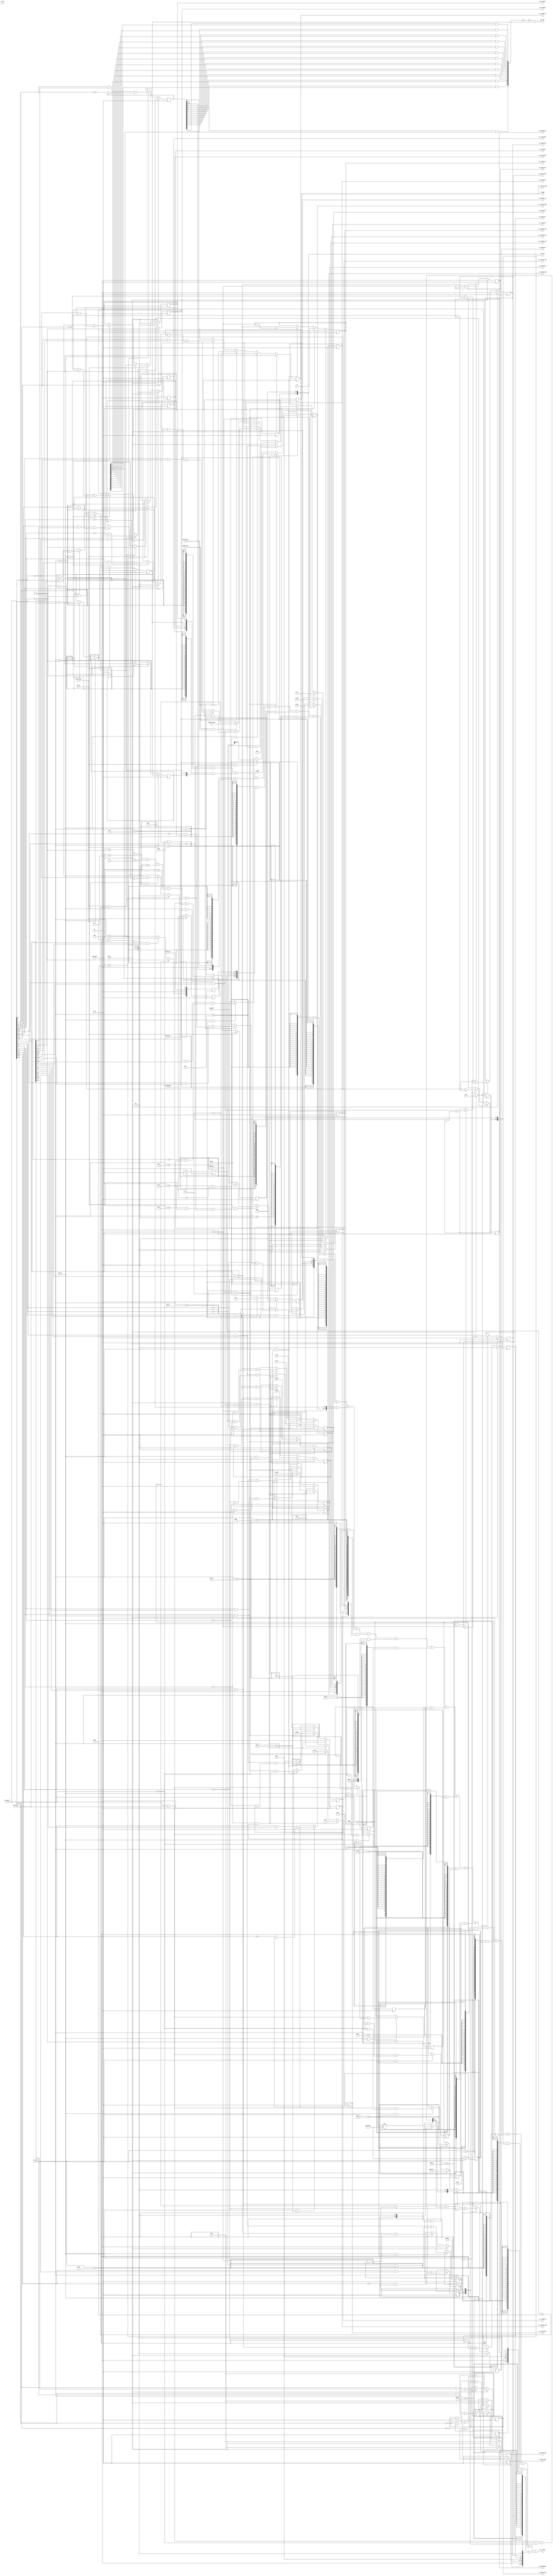
module csr (
    input  wire        clk,
    input  wire        reset,
    input  wire        csr_re,               
    input  wire [13:0] csr_num,        
    output wire [31:0] csr_rvalue,     
    input  wire        csr_we,                 
    input  wire [31:0] csr_wmask,    
    input  wire [31:0] csr_wvalue,       
    input  wire [31:0] WB_pc,
    input  wire        wb_ex,                    
    input  wire [ 5:0] wb_ecode,        
    input  wire [ 8:0] wb_esubcode,        
    input  wire [31:0] wb_vaddr,
    input  wire        ertn_flush,             
    output wire        has_int,             
    output wire [31:0] ex_entry,         
    input  wire [ 7:0] hw_int_in,          
    input  wire        ipi_int_in,
    input  wire [31:0] coreid_in,
//tlbrd
    output wire [ 3:0] r_index,
    input  wire        tlbrd_we,
    input  wire        r_e,
    input  wire [18:0] r_vppn,
    input  wire [ 5:0] r_ps,
    input  wire [ 9:0] r_asid,
    input  wire        r_g,
    input  wire [19:0] r_ppn0,
    input  wire [ 1:0] r_plv0,
    input  wire [ 1:0] r_mat0,
    input  wire        r_d0,
    input  wire        r_v0,
    input  wire [19:0] r_ppn1,
    input  wire [ 1:0] r_plv1,
    input  wire [ 1:0] r_mat1,
    input  wire        r_d1,
    input  wire        r_v1,
//tlbwr
    output reg  [ 3:0] csr_tlbidx_index,
    output reg         csr_tlbidx_ne,
    output reg  [18:0] csr_tlbehi_vppn,
    output reg  [ 5:0] csr_tlbidx_ps,
    output reg  [ 9:0] csr_asid_asid,
    output reg         csr_tlbelo0_g,
    output reg  [19:0] csr_tlbelo0_ppn,
    output reg  [ 1:0] csr_tlbelo0_plv,
    output reg  [ 1:0] csr_tlbelo0_mat,
    output reg         csr_tlbelo0_d,
    output reg         csr_tlbelo0_v,
    output reg         csr_tlbelo1_g,
    output reg  [19:0] csr_tlbelo1_ppn,
    output reg  [ 1:0] csr_tlbelo1_plv,
    output reg  [ 1:0] csr_tlbelo1_mat,
    output reg         csr_tlbelo1_d,
    output reg         csr_tlbelo1_v,
//tlbsrch
    input  wire        tlbsrch_en,
    input  wire        tlbsrch_hit,
    input  wire [ 3:0] tlbsrch_index,
//crmd
    output reg  [ 1:0] csr_crmd_plv,
    output reg         csr_crmd_da,
    output reg         csr_crmd_pg,
//dmw0
    output reg         csr_dmw0_plv0,
    output reg         csr_dmw0_plv3,
    output reg  [ 1:0] csr_dmw0_mat,
    output reg  [ 2:0] csr_dmw0_pseg,
    output reg  [ 2:0] csr_dmw0_vseg,
//dmw1
    output reg         csr_dmw1_plv0,
    output reg         csr_dmw1_plv3,
    output reg  [ 1:0] csr_dmw1_mat,
    output reg  [ 2:0] csr_dmw1_pseg,
    output reg  [ 2:0] csr_dmw1_vseg,
    output reg  [ 1:0] csr_crmd_datf,
    output reg  [ 1:0] csr_crmd_datm
);

//crmd
    `define CSR_CRMD            14'h0000
    `define CSR_CRMD_PLV        1:0
    `define CSR_CRMD_IE         2
    `define CSR_CRMD_DA         3
    `define CSR_CRMD_PG         4
    `define CSR_CRMD_DATF       6:5
    `define CSR_CRMD_DATM       8:7
//prmd
    `define CSR_PRMD            14'h0001
    `define CSR_PRMD_PPLV       1:0
    `define CSR_PRMD_PIE        2
//euen
    `define CSR_EUEN            14'h0002
    `define CSR_EUEN_FPE        0
//ecfg
    `define CSR_ECFG            14'h0004
    `define CSR_ECFG_LIE        12:0
//estat
    `define CSR_ESTAT           14'h0005
    `define CSR_ESTAT_IS10      1:0
    `define CSR_ESTAT_ECODE     21:16
    `define CSR_ESTAT_ESUBCODE  30:22
//era
    `define CSR_ERA             14'h0006
    `define CSR_ERA_PC          31:0
//badv
    `define CSR_BADV            14'h0007
    `define CSR_BADV_VADDR      31:0
//eentry
    `define CSR_EENTRY          14'h000c
    `define CSR_EENTRY_VA       31:6
//tlbidx
    `define CSR_TLBIDX          14'h0010
    `define CSR_TLBIDX_INDEX    3:0
    `define CSR_TLBIDX_PS       29:24
    `define CSR_TLBIDX_NE       31
//tlbehi
    `define CSR_TLBEHI          14'h0011
    `define CSR_TLBEHI_VPPN     31:13
//tlbelo0/1
    `define CSR_TLBELO0         14'h0012
    `define CSR_TLBELO1         14'h0013
    `define CSR_TLBELO_V        0
    `define CSR_TLBELO_D        1
    `define CSR_TLBELO_PLV      3:2
    `define CSR_TLBELO_MAT      5:4
    `define CSR_TLBELO_G        6
    `define CSR_TLBELO_PPN      27:8
//asid
    `define CSR_ASID            14'h0018
    `define CSR_ASID_ASID       9:0
    `define CSR_ASID_ASIDBITS   23:16
//pgdl/pgdh/pgd
    `define CSR_PGDL            14'h0019
    `define CSR_PGDH            14'h001A
    `define CSR_PGD             14'h001B
    `define CSR_PGD_BASE        31:12
//cpuid
    `define CSR_CPUID           14'h0020
    `define CSR_CPUID_COREID    8:0
//save0/save1/save2/save3
    `define CSR_SAVE0           14'h0030
    `define CSR_SAVE1           14'h0031
    `define CSR_SAVE2           14'h0032
    `define CSR_SAVE3           14'h0033
    `define CSR_SAVE_DATA       31:0
//tid
    `define CSR_TID             14'h0040
    `define CSR_TID_TID         31:0
//tcfg
    `define CSR_TCFG            14'h0041
    `define CSR_TCFG_EN         0
    `define CSR_TCFG_PERIOD     1
    `define CSR_TCFG_INITV      31:2
//tval
    `define CSR_TVAL            14'h0042
    `define CSR_TVAL_TVAL       31:0
//ticlr
    `define CSR_TICLR           14'h0044
    `define CSR_TICLR_CLR       0
//llbctl
    `define CSR_LLBCTL          14'h0060
    `define CSR_LLBCTL_ROLLB    0
    `define CSR_LLBCTL_WCLLB    1
    `define CSR_LLBCTL_KLO      2
//tlbrentry
    `define CSR_TLBRENTRY       14'h0088
    `define CSR_TLBRENTRY_PA    31:6
//ctag
    `define CSR_CTAG            14'h0098
//dmw0/dmw1
    `define CSR_DMW0            14'h0180
    `define CSR_DMW1            14'h0181
    `define CSR_DMW_PLV0        0
    `define CSR_DMW_PLV3        3
    `define CSR_DMW_MAT         5:4
    `define CSR_DMW_PSEG        27:25
    `define CSR_DMW_VSEG        31:29
//exc code
    `define ECODE_INT           6'h00
    `define ECODE_PIL           6'h01
    `define ECODE_PIS           6'h02
    `define ECODE_PIF           6'h03
    `define ECODE_PME           6'h04
    `define ECODE_PPI           6'h07
    `define ECODE_ADE           6'h08
    `define ESUBCODE_ADEF       9'h000
    `define ESUBCODE_ADEM       9'h001
    `define ECODE_ALE           6'h09
    `define ECODE_SYS           6'h0b
    `define ECODE_BRK           6'h0c
    `define ECODE_INE           6'h0d
    `define ECODE_IPE           6'h0e
    `define ECODE_FPD           6'h0f
    `define ECODE_FPE           6'h12
    `define ECODE_TLBR          6'h3f

reg         csr_crmd_ie;
// datf/datm remove to output
reg  [ 1:0] csr_prmd_pplv;
reg         csr_prmd_pie;
// reg         csr_euen_fpe;
reg  [12:0] csr_ecfg_lie;
reg  [12:0] csr_estat_is;
reg  [ 5:0] csr_estat_ecode;
reg  [ 8:0] csr_estat_esubcode;
reg  [31:0] csr_era_pc;
reg  [31:0] csr_badv_vaddr;
wire        wb_ex_addr_err;
wire        wb_tlb_addr_err;
reg  [25:0] csr_eentry_va;
// reg [31:12] csr_pgdl_base;
// reg [31:12] csr_pgdh_base;
// reg [31:12] csr_pgd_base;
reg  [31:0] csr_save0_data;
reg  [31:0] csr_save1_data;
reg  [31:0] csr_save2_data;
reg  [31:0] csr_save3_data;
reg  [31:0] csr_tid_tid;
reg         csr_tcfg_en;
reg         csr_tcfg_periodic;
reg  [29:0] csr_tcfg_initval;
reg  [31:0] timer_cnt;
wire [31:0] tcfg_next_value;
wire [31:0] csr_tval;
wire        csr_ticlr_clr;
// reg         csr_llbctl_rollb;
// reg         csr_llbctl_wcllb;
// reg         csr_llbctl_klo;
reg  [25:0] csr_tlbrentry_pa;

wire [31:0] csr_crmd_rvalue;
wire [31:0] csr_prmd_rvalue;
wire [31:0] csr_ecfg_rvalue;
wire [31:0] csr_estat_rvalue;
wire [31:0] csr_era_rvalue;
wire [31:0] csr_badv_rvalue;
wire [31:0] csr_eentry_rvalue;
wire [31:0] csr_tlbidx_rvalue;
wire [31:0] csr_tlbehi_rvalue;
wire [31:0] csr_tlbelo0_rvalue;
wire [31:0] csr_tlbelo1_rvalue;
wire [31:0] csr_asid_rvalue;
wire [31:0] csr_save0_rvalue;
wire [31:0] csr_save1_rvalue;
wire [31:0] csr_save2_rvalue;
wire [31:0] csr_save3_rvalue;
wire [31:0] csr_tid_rvalue;
wire [31:0] csr_tcfg_rvalue;
wire [31:0] csr_ticlr_rvalue;
wire [31:0] csr_tlbrentry_rvalue;
wire [31:0] csr_dmw0_rvalue;
wire [31:0] csr_dmw1_rvalue;

wire [12:0] int_vec;

//CRMD
    assign csr_crmd_rvalue = {23'b0, csr_crmd_datm, csr_crmd_datf, csr_crmd_pg, csr_crmd_da, csr_crmd_ie, csr_crmd_plv};
    //PLV
    always @(posedge clk) begin
        if(reset)
            csr_crmd_plv <= 2'b0;
        else if(wb_ex)
            csr_crmd_plv <= 2'b0;
        else if(ertn_flush)
            csr_crmd_plv <= csr_prmd_pplv;
        else if(csr_we && csr_num == `CSR_CRMD)
            csr_crmd_plv <= csr_wmask[`CSR_CRMD_PLV] & csr_wvalue[`CSR_CRMD_PLV]
                        |  ~csr_wmask[`CSR_CRMD_PLV] & csr_crmd_plv;
    end
    //IE
    always @(posedge clk) begin
        if(reset)
            csr_crmd_ie <= 1'b0;
        else if(wb_ex)
            csr_crmd_ie <= 1'b0;
        else if(ertn_flush)
            csr_crmd_ie <= csr_prmd_pie;
        else if(csr_we && csr_num == `CSR_CRMD)
            csr_crmd_ie <= csr_wmask[`CSR_CRMD_IE] & csr_wvalue[`CSR_CRMD_IE]
                        | ~csr_wmask[`CSR_CRMD_IE] & csr_crmd_ie;
    end
    //DA
    always @(posedge clk)begin
        if(reset)
            csr_crmd_da <= 1'b1;
        else if(wb_ex && (wb_ecode == `ECODE_TLBR))
            csr_crmd_da <= 1'b1;
        else if(ertn_flush && (csr_estat_ecode == 6'h3f))
            csr_crmd_da <= 1'b0;
        else if(csr_we && csr_num == `CSR_CRMD)
            csr_crmd_da <= csr_wmask[`CSR_CRMD_DA] & csr_wvalue[`CSR_CRMD_DA]
                        | ~csr_wmask[`CSR_CRMD_DA] & csr_crmd_da;
    end
    //PG
    always @(posedge clk)begin
        if(reset)
            csr_crmd_pg <= 1'b0;
        else if(wb_ex && (wb_ecode == `ECODE_TLBR))
            csr_crmd_pg <= 1'b0;
        else if(ertn_flush && (csr_estat_ecode == 6'h3f))
            csr_crmd_pg <= 1'b1;
        else if(csr_we && csr_num == `CSR_CRMD)
            csr_crmd_pg <= csr_wmask[`CSR_CRMD_PG] & csr_wvalue[`CSR_CRMD_PG]
                        | ~csr_wmask[`CSR_CRMD_PG] & csr_crmd_pg;
    end
    //DATF & DATM
    always @(posedge clk)begin
        if(reset) begin
            csr_crmd_datf <= 2'b0;
            csr_crmd_datm <= 2'b0;
        end
        else if(csr_we && csr_num == `CSR_CRMD) begin
            csr_crmd_datf <= csr_wmask[`CSR_CRMD_DATF] & csr_wvalue[`CSR_CRMD_DATF]
                        | ~csr_wmask[`CSR_CRMD_DATF] & csr_crmd_datf;
            csr_crmd_datm <= csr_wmask[`CSR_CRMD_DATM] & csr_wvalue[`CSR_CRMD_DATM]
                        | ~csr_wmask[`CSR_CRMD_DATM] & csr_crmd_datm;
        end
    end

//PRMD
    assign csr_prmd_rvalue = {29'b0, csr_prmd_pie, csr_prmd_pplv};
    //PPLV & PIE
    always @(posedge clk) begin
        if(wb_ex) begin
            csr_prmd_pplv <= csr_crmd_plv;
            csr_prmd_pie <= csr_crmd_ie;
        end
        else if(csr_we && csr_num == `CSR_PRMD) begin
            csr_prmd_pplv <= csr_wmask[`CSR_PRMD_PPLV] & csr_wvalue[`CSR_PRMD_PPLV]
                        |  ~csr_wmask[`CSR_PRMD_PPLV] & csr_prmd_pplv;
            csr_prmd_pie <= csr_wmask[`CSR_PRMD_PIE] & csr_wvalue[`CSR_PRMD_PIE]
                        |  ~csr_wmask[`CSR_PRMD_PIE] & csr_prmd_pie;
        end
    end

//EUEN
    //FPE

//ECFG
    assign csr_ecfg_rvalue = {19'b0, csr_ecfg_lie[12:11], 1'b0, csr_ecfg_lie[9:0]};
    //LIE
    always @(posedge clk) begin
        if(reset)
            csr_ecfg_lie <= 13'b0;
        else if(csr_we & csr_num == `CSR_ECFG) 
            csr_ecfg_lie <= csr_wmask[`CSR_ECFG_LIE] & csr_wvalue[`CSR_ECFG_LIE]
                        |  ~csr_wmask[`CSR_ECFG_LIE] & csr_ecfg_lie;
    end

//ESTAT
    assign csr_estat_rvalue = {1'b0, csr_estat_esubcode, csr_estat_ecode, 3'b0, csr_estat_is};
    //IS
    always @(posedge clk) begin
        if(reset) begin
            csr_estat_is[1:0] <= 2'b0;
        end
        else if(csr_we && csr_num == `CSR_ESTAT)
            csr_estat_is[1:0] <= csr_wmask[`CSR_ESTAT_IS10] & csr_wvalue[`CSR_ESTAT_IS10]
                            |   ~csr_wmask[`CSR_ESTAT_IS10] & csr_estat_is[`CSR_ESTAT_IS10];
        csr_estat_is[9:2] <= hw_int_in[7:0];
        csr_estat_is[10] <= 1'b0;
        if(timer_cnt[31:0] == 32'b0)
            csr_estat_is[11] <= 1'b1;
        else if(csr_we && csr_num == `CSR_TICLR && csr_wmask[`CSR_TICLR_CLR] && csr_wvalue[`CSR_TICLR_CLR])
            csr_estat_is[11] <= 1'b0;
        csr_estat_is[12] <= ipi_int_in;
    end      
    //ECODE & ESUBCODE
    always @(posedge clk) begin
        if(wb_ex) begin
            csr_estat_ecode <= wb_ecode;
            csr_estat_esubcode <= wb_esubcode;
        end
    end      

//ERA
    assign csr_era_rvalue = csr_era_pc;
    //PC
    always @(posedge clk) begin
        if(wb_ex)
            csr_era_pc <= WB_pc;
        else if (csr_we && csr_num==`CSR_ERA)
            csr_era_pc <= csr_wmask[`CSR_ERA_PC] & csr_wvalue[`CSR_ERA_PC]
                       | ~csr_wmask[`CSR_ERA_PC] & csr_era_pc;
    end    

//BADV
    assign csr_badv_rvalue = csr_badv_vaddr;
    assign wb_ex_addr_err = wb_ecode == `ECODE_ALE || wb_ecode == `ECODE_ADE || wb_tlb_addr_err;
    //VADDR
    always @(posedge clk) begin
        if(wb_ex && wb_ex_addr_err)
            csr_badv_vaddr <= (wb_ecode == `ECODE_ADE &&
                               wb_esubcode == `ESUBCODE_ADEF) ? WB_pc : wb_vaddr;
    end

//EENTRY
    assign csr_eentry_rvalue = {csr_eentry_va, 6'b0};
    //VA
    always @(posedge clk) begin
        if(csr_we && csr_num == `CSR_EENTRY)
            csr_eentry_va <= csr_wmask[`CSR_EENTRY_VA] & csr_wvalue[`CSR_EENTRY_VA]
                          | ~csr_wmask[`CSR_EENTRY_VA] & csr_eentry_va;
    end

//TLBIDX
    assign csr_tlbidx_rvalue = {csr_tlbidx_ne, 1'b0, csr_tlbidx_ps, 20'b0, csr_tlbidx_index};
    assign r_index           = csr_tlbidx_index;
    //INDEX
    always @(posedge clk)begin
        if (reset)
            csr_tlbidx_index <= 4'b0;
        else if (tlbrd_we & r_e)
            csr_tlbidx_index <= r_index;
        else if (tlbsrch_en & tlbsrch_hit)
            csr_tlbidx_index <= tlbsrch_index;
        else if (csr_we && csr_num == `CSR_TLBIDX)
            csr_tlbidx_index <= csr_wmask[`CSR_TLBIDX_INDEX] & csr_wvalue[`CSR_TLBIDX_INDEX] |
                               ~csr_wmask[`CSR_TLBIDX_INDEX] & csr_tlbidx_index;
    end
    //PS
    always @(posedge clk)begin
        if (reset | (tlbrd_we & ~r_e))
            csr_tlbidx_ps <= 6'b0;
        else if (tlbrd_we & r_e)
            csr_tlbidx_ps <= r_ps;
        else if (csr_we && csr_num == `CSR_TLBIDX)
            csr_tlbidx_ps <= csr_wmask[`CSR_TLBIDX_PS] & csr_wvalue[`CSR_TLBIDX_PS] |
                            ~csr_wmask[`CSR_TLBIDX_PS] & csr_tlbidx_ps;
    end
    //NE
    always @(posedge clk)begin
        if (reset)
            csr_tlbidx_ne <= 1'b1;
        else if (tlbrd_we)
            csr_tlbidx_ne <= ~r_e;
        else if (tlbsrch_en)
            csr_tlbidx_ne <= ~tlbsrch_hit;
        else if (csr_we && csr_num == `CSR_TLBIDX)
            csr_tlbidx_ne <= csr_wmask[`CSR_TLBIDX_NE] & csr_wvalue[`CSR_TLBIDX_NE] |
                            ~csr_wmask[`CSR_TLBIDX_NE] & csr_tlbidx_ne;
    end

//TLBEHI
    assign csr_tlbehi_rvalue = {csr_tlbehi_vppn, 13'b0};
    assign wb_tlb_addr_err = wb_ecode == `ECODE_PIL || wb_ecode == `ECODE_PIS
                          || wb_ecode == `ECODE_PIF || wb_ecode == `ECODE_PPI
                          || wb_ecode == `ECODE_PME || wb_ecode == `ECODE_TLBR;
    //VPPN
    always @(posedge clk) begin
        if (reset | (tlbrd_we & ~r_e))
            csr_tlbehi_vppn <= 19'b0;
        else if (tlbrd_we & r_e)
            csr_tlbehi_vppn <= r_vppn;
        else if (wb_ex & wb_tlb_addr_err)
            csr_tlbehi_vppn <= wb_vaddr[31:13];
        else if (csr_we & csr_num == `CSR_TLBEHI)
            csr_tlbehi_vppn <= csr_wmask[`CSR_TLBEHI_VPPN] & csr_wvalue[`CSR_TLBEHI_VPPN] |
                              ~csr_wmask[`CSR_TLBEHI_VPPN] & csr_tlbehi_vppn;
    end

//TLBELO0
    assign csr_tlbelo0_rvalue = {4'b0, csr_tlbelo0_ppn, 1'b0, csr_tlbelo0_g, csr_tlbelo0_mat, 
                                csr_tlbelo0_plv, csr_tlbelo0_d, csr_tlbelo0_v};
    //V, D, PLV, MAT, G, PPN
    always @(posedge clk) begin
        if (reset | (tlbrd_we & ~r_e)) begin
            csr_tlbelo0_v   <= 1'b0;
            csr_tlbelo0_d   <= 1'b0;
            csr_tlbelo0_plv <= 2'b0;
            csr_tlbelo0_mat <= 2'b0;
            csr_tlbelo0_g   <= 1'b0;
            csr_tlbelo0_ppn <= 20'b0;
        end
        else if (tlbrd_we & r_e) begin
            csr_tlbelo0_v   <= r_v0;
            csr_tlbelo0_d   <= r_d0;
            csr_tlbelo0_plv <= r_plv0;
            csr_tlbelo0_mat <= r_mat0;
            csr_tlbelo0_g   <= r_g;
            csr_tlbelo0_ppn <= r_ppn0;
        end
        else if (csr_we & csr_num == `CSR_TLBELO0) begin
            csr_tlbelo0_v   <= csr_wmask[`CSR_TLBELO_V  ] & csr_wvalue[`CSR_TLBELO_V  ] |
                              ~csr_wmask[`CSR_TLBELO_V  ] & csr_tlbelo0_v;
            csr_tlbelo0_d   <= csr_wmask[`CSR_TLBELO_D  ] & csr_wvalue[`CSR_TLBELO_D  ] |
                              ~csr_wmask[`CSR_TLBELO_D  ] & csr_tlbelo0_d;
            csr_tlbelo0_plv <= csr_wmask[`CSR_TLBELO_PLV] & csr_wvalue[`CSR_TLBELO_PLV] |
                              ~csr_wmask[`CSR_TLBELO_PLV] & csr_tlbelo0_plv;
            csr_tlbelo0_mat <= csr_wmask[`CSR_TLBELO_MAT] & csr_wvalue[`CSR_TLBELO_MAT] |
                              ~csr_wmask[`CSR_TLBELO_MAT] & csr_tlbelo0_mat;
            csr_tlbelo0_g   <= csr_wmask[`CSR_TLBELO_G  ] & csr_wvalue[`CSR_TLBELO_G  ] |
                              ~csr_wmask[`CSR_TLBELO_G  ] & csr_tlbelo0_g;
            csr_tlbelo0_ppn <= csr_wmask[`CSR_TLBELO_PPN] & csr_wvalue[`CSR_TLBELO_PPN] |
                              ~csr_wmask[`CSR_TLBELO_PPN] & csr_tlbelo0_ppn;
        end
    end

//TLBELO1
    assign csr_tlbelo1_rvalue = {4'b0, csr_tlbelo1_ppn, 1'b0, csr_tlbelo1_g, csr_tlbelo1_mat, 
                                csr_tlbelo1_plv, csr_tlbelo1_d, csr_tlbelo1_v};
    //V, D, PLV, MAT, G, PPN
    always @(posedge clk) begin
        if (reset | (tlbrd_we & ~r_e)) begin
            csr_tlbelo1_v   <= 1'b0;
            csr_tlbelo1_d   <= 1'b0;
            csr_tlbelo1_plv <= 2'b0;
            csr_tlbelo1_mat <= 2'b0;
            csr_tlbelo1_g   <= 1'b0;
            csr_tlbelo1_ppn <= 20'b0;
        end
        else if (tlbrd_we & r_e) begin
            csr_tlbelo1_v   <= r_v1;
            csr_tlbelo1_d   <= r_d1;
            csr_tlbelo1_plv <= r_plv1;
            csr_tlbelo1_mat <= r_mat1;
            csr_tlbelo1_g   <= r_g;
            csr_tlbelo1_ppn <= r_ppn1;
        end
        else if (csr_we & csr_num == `CSR_TLBELO1) begin
            csr_tlbelo1_v   <= csr_wmask[`CSR_TLBELO_V  ] & csr_wvalue[`CSR_TLBELO_V  ] |
                              ~csr_wmask[`CSR_TLBELO_V  ] & csr_tlbelo1_v;
            csr_tlbelo1_d   <= csr_wmask[`CSR_TLBELO_D  ] & csr_wvalue[`CSR_TLBELO_D  ] |
                              ~csr_wmask[`CSR_TLBELO_D  ] & csr_tlbelo1_d;
            csr_tlbelo1_plv <= csr_wmask[`CSR_TLBELO_PLV] & csr_wvalue[`CSR_TLBELO_PLV] |
                              ~csr_wmask[`CSR_TLBELO_PLV] & csr_tlbelo1_plv;
            csr_tlbelo1_mat <= csr_wmask[`CSR_TLBELO_MAT] & csr_wvalue[`CSR_TLBELO_MAT] |
                              ~csr_wmask[`CSR_TLBELO_MAT] & csr_tlbelo1_mat;
            csr_tlbelo1_g   <= csr_wmask[`CSR_TLBELO_G  ] & csr_wvalue[`CSR_TLBELO_G  ] |
                              ~csr_wmask[`CSR_TLBELO_G  ] & csr_tlbelo1_g;
            csr_tlbelo1_ppn <= csr_wmask[`CSR_TLBELO_PPN] & csr_wvalue[`CSR_TLBELO_PPN] |
                              ~csr_wmask[`CSR_TLBELO_PPN] & csr_tlbelo1_ppn;
        end
    end

//ASID
    assign csr_asid_rvalue = {8'd0, 8'd10, 6'd0, csr_asid_asid};
    //ASID
    always @(posedge clk) begin
        if (reset | (tlbrd_we & ~r_e)) begin
            csr_asid_asid <= 10'd0;
        end
        else if (tlbrd_we & r_e) begin
            csr_asid_asid <= r_asid;
        end
        else if (csr_we & csr_num == `CSR_ASID) begin
            csr_asid_asid <= csr_wmask[`CSR_ASID_ASID] & csr_wvalue[`CSR_ASID_ASID] |
                            ~csr_wmask[`CSR_ASID_ASID] & csr_asid_asid;
        end
    end
    //ASIDBITS

//PGDL
    //BASE

//PGDH
    //BASE

//PGD
    //BASE

//CPUID
    //CoreID

//SAVE0~3
    assign csr_save0_rvalue = csr_save0_data;
    assign csr_save1_rvalue = csr_save1_data;
    assign csr_save2_rvalue = csr_save2_data;
    assign csr_save3_rvalue = csr_save3_data;
    //DATA
    always @(posedge clk) begin
        if (csr_we && csr_num==`CSR_SAVE0)
            csr_save0_data <= csr_wmask[`CSR_SAVE_DATA] & csr_wvalue[`CSR_SAVE_DATA]
                           | ~csr_wmask[`CSR_SAVE_DATA] & csr_save0_data;
        if (csr_we && csr_num==`CSR_SAVE1)
            csr_save1_data <= csr_wmask[`CSR_SAVE_DATA] & csr_wvalue[`CSR_SAVE_DATA]
                           | ~csr_wmask[`CSR_SAVE_DATA] & csr_save1_data;
        if (csr_we && csr_num==`CSR_SAVE2)
            csr_save2_data <= csr_wmask[`CSR_SAVE_DATA] & csr_wvalue[`CSR_SAVE_DATA]
                           | ~csr_wmask[`CSR_SAVE_DATA] & csr_save2_data;
        if (csr_we && csr_num==`CSR_SAVE3)
            csr_save3_data <= csr_wmask[`CSR_SAVE_DATA] & csr_wvalue[`CSR_SAVE_DATA]
                           | ~csr_wmask[`CSR_SAVE_DATA] & csr_save3_data;
    end

//TID
    assign csr_tid_rvalue = csr_tid_tid;
    //TID
    always @(posedge clk)begin
        if(reset)
            csr_tid_tid <= coreid_in;
        else if(csr_we && csr_num == `CSR_TID)
            csr_tid_tid <= csr_wmask[`CSR_TID_TID] & csr_wvalue[`CSR_TID_TID]
                        | ~csr_wmask[`CSR_TID_TID] & csr_tid_tid;
    end

//TCFG
    assign csr_tcfg_rvalue = {csr_tcfg_initval, csr_tcfg_periodic, csr_tcfg_en};
    //EN, Periodic, InitVal
    always @(posedge clk) begin
        if(reset)
            csr_tcfg_en <= 1'b0;
        else if (csr_we && csr_num==`CSR_TCFG)
            csr_tcfg_en <= csr_wmask[`CSR_TCFG_EN] & csr_wvalue[`CSR_TCFG_EN]
                        | ~csr_wmask[`CSR_TCFG_EN] & csr_tcfg_en;
        if (csr_we && csr_num==`CSR_TCFG) begin
            csr_tcfg_periodic <= csr_wmask[`CSR_TCFG_PERIOD] & csr_wvalue[`CSR_TCFG_PERIOD]
                              | ~csr_wmask[`CSR_TCFG_PERIOD] & csr_tcfg_periodic;
            csr_tcfg_initval  <= csr_wmask[`CSR_TCFG_INITV ] & csr_wvalue[`CSR_TCFG_INITV ]
                              | ~csr_wmask[`CSR_TCFG_INITV ] & csr_tcfg_initval;
        end
    end

//TVAL
    assign tcfg_next_value = csr_wmask[31:0] & csr_wvalue[31:0]
                          | ~csr_wmask[31:0] & {csr_tcfg_initval, csr_tcfg_periodic, csr_tcfg_en};
    //TimeVal
    always @(posedge clk) begin
        if(reset)
            timer_cnt <= 32'hffffffff;
        else if(csr_we && csr_num == `CSR_TCFG && tcfg_next_value[`CSR_TCFG_EN])
            timer_cnt <= {tcfg_next_value[`CSR_TCFG_INITV], 2'b0};
        else if (csr_tcfg_en && timer_cnt!=32'hffffffff) begin
            if (timer_cnt[31:0]==32'b0 && csr_tcfg_periodic)
                timer_cnt <= {csr_tcfg_initval, 2'b0};
            else
                timer_cnt <= timer_cnt - 1'b1;
        end
    end
    assign csr_tval = timer_cnt[31:0];

//TICLR
    assign csr_ticlr_rvalue = {30'b0, csr_ticlr_clr};
    //CLR
    assign csr_ticlr_clr = 1'b0;

//LLBCTL
    //ROLLB
    //WCLLB
    //KLO

//TLBRENTRY
    assign csr_tlbrentry_rvalue = {csr_tlbrentry_pa, 6'b0};
    //PA
    always @(posedge clk) begin
        if (reset) begin
            csr_tlbrentry_pa <= 26'b0;
        end
        else if (csr_we & csr_num == `CSR_TLBRENTRY) begin
            csr_tlbrentry_pa <= csr_wmask[`CSR_TLBRENTRY_PA] & csr_wvalue[`CSR_TLBRENTRY_PA]
                             | ~csr_wmask[`CSR_TLBRENTRY_PA] & csr_tlbrentry_pa;  
        end
    end

//CTAG

//DMW0
    assign csr_dmw0_rvalue = {csr_dmw0_pseg[2:0], 1'b0, csr_dmw0_vseg[2:0], 19'b0, csr_dmw0_mat[1:0],
                              csr_dmw0_plv3, 2'b0, csr_dmw0_plv0};
    //PLV0, PLV3, MAT, PSEG, VSEG
    always @(posedge clk) begin
        if(reset) begin
            csr_dmw0_plv0 <= 1'b0;
            csr_dmw0_plv3 <= 1'b0;
            csr_dmw0_mat  <= 2'b0;
            csr_dmw0_pseg <= 3'b0;
            csr_dmw0_vseg <= 3'b0;
        end
        else if(csr_we && csr_num == `CSR_DMW0) begin
            csr_dmw0_plv0 <= csr_wmask[`CSR_DMW_PLV0] & csr_wvalue[`CSR_DMW_PLV0]
                          | ~csr_wmask[`CSR_DMW_PLV0] & csr_dmw0_plv0;
            csr_dmw0_plv3 <= csr_wmask[`CSR_DMW_PLV3] & csr_wvalue[`CSR_DMW_PLV3]
                          | ~csr_wmask[`CSR_DMW_PLV3] & csr_dmw0_plv3;
            csr_dmw0_mat  <= csr_wmask[`CSR_DMW_MAT ] & csr_wvalue[`CSR_DMW_MAT ]
                          | ~csr_wmask[`CSR_DMW_MAT ] & csr_dmw0_mat;
            csr_dmw0_pseg <= csr_wmask[`CSR_DMW_PSEG] & csr_wvalue[`CSR_DMW_PSEG]
                          | ~csr_wmask[`CSR_DMW_PSEG] & csr_dmw0_pseg;
            csr_dmw0_vseg <= csr_wmask[`CSR_DMW_VSEG] & csr_wvalue[`CSR_DMW_VSEG]
                          | ~csr_wmask[`CSR_DMW_VSEG] & csr_dmw0_vseg;
        end
    end
//DMW1
    assign csr_dmw1_rvalue = {csr_dmw1_pseg[2:0], 1'b0, csr_dmw1_vseg[2:0], 19'b0, csr_dmw1_mat[1:0],
                              csr_dmw1_plv3, 2'b0, csr_dmw1_plv0};
    //PLV0, PLV3, MAT, PSEG, VSEG
    always @(posedge clk) begin
        if(reset) begin
            csr_dmw1_plv0 <= 1'b0;
            csr_dmw1_plv3 <= 1'b0;
            csr_dmw1_mat  <= 2'b0;
            csr_dmw1_pseg <= 3'b0;
            csr_dmw1_vseg <= 3'b0;
        end
        else if(csr_we && csr_num == `CSR_DMW1) begin
            csr_dmw1_plv0 <= csr_wmask[`CSR_DMW_PLV0] & csr_wvalue[`CSR_DMW_PLV0]
                          | ~csr_wmask[`CSR_DMW_PLV0] & csr_dmw1_plv0;
            csr_dmw1_plv3 <= csr_wmask[`CSR_DMW_PLV3] & csr_wvalue[`CSR_DMW_PLV3]
                          | ~csr_wmask[`CSR_DMW_PLV3] & csr_dmw1_plv3;
            csr_dmw1_mat  <= csr_wmask[`CSR_DMW_MAT ] & csr_wvalue[`CSR_DMW_MAT ]
                          | ~csr_wmask[`CSR_DMW_MAT ] & csr_dmw1_mat;
            csr_dmw1_pseg <= csr_wmask[`CSR_DMW_PSEG] & csr_wvalue[`CSR_DMW_PSEG]
                          | ~csr_wmask[`CSR_DMW_PSEG] & csr_dmw1_pseg;
            csr_dmw1_vseg <= csr_wmask[`CSR_DMW_VSEG] & csr_wvalue[`CSR_DMW_VSEG]
                          | ~csr_wmask[`CSR_DMW_VSEG] & csr_dmw1_vseg;
        end
    end

//rvalue
    assign csr_rvalue = {32{csr_num == `CSR_CRMD     }} & csr_crmd_rvalue
                      | {32{csr_num == `CSR_PRMD     }} & csr_prmd_rvalue
                      | {32{csr_num == `CSR_ECFG     }} & csr_ecfg_rvalue
                      | {32{csr_num == `CSR_ESTAT    }} & csr_estat_rvalue
                      | {32{csr_num == `CSR_ERA      }} & csr_era_rvalue
                      | {32{csr_num == `CSR_BADV     }} & csr_badv_rvalue
                      | {32{csr_num == `CSR_EENTRY   }} & csr_eentry_rvalue
                      | {32{csr_num == `CSR_TLBIDX   }} & csr_tlbidx_rvalue
                      | {32{csr_num == `CSR_TLBEHI   }} & csr_tlbehi_rvalue
                      | {32{csr_num == `CSR_TLBELO0  }} & csr_tlbelo0_rvalue
                      | {32{csr_num == `CSR_TLBELO1  }} & csr_tlbelo1_rvalue
                      | {32{csr_num == `CSR_ASID     }} & csr_asid_rvalue
                      | {32{csr_num == `CSR_SAVE0    }} & csr_save0_rvalue
                      | {32{csr_num == `CSR_SAVE1    }} & csr_save1_rvalue
                      | {32{csr_num == `CSR_SAVE2    }} & csr_save2_rvalue
                      | {32{csr_num == `CSR_SAVE3    }} & csr_save3_rvalue
                      | {32{csr_num == `CSR_TID      }} & csr_tid_rvalue
                      | {32{csr_num == `CSR_TCFG     }} & csr_tcfg_rvalue
                      | {32{csr_num == `CSR_TVAL     }} & csr_tval
                      | {32{csr_num == `CSR_TICLR    }} & csr_ticlr_rvalue
                      | {32{csr_num == `CSR_TLBRENTRY}} & csr_tlbrentry_rvalue
                      | {32{csr_num == `CSR_DMW0     }} & csr_dmw0_rvalue
                      | {32{csr_num == `CSR_DMW1     }} & csr_dmw1_rvalue;
                    
//ex_entry
    assign ex_entry = wb_ecode == `ECODE_TLBR ? csr_tlbrentry_rvalue : csr_eentry_rvalue;

//has_int
    assign int_vec[12:0] = { csr_ecfg_lie[12] & csr_estat_is[12],
                             csr_ecfg_lie[11] & csr_estat_is[11],
                             csr_ecfg_lie[10] & csr_estat_is[10],
                             csr_ecfg_lie[ 9] & csr_estat_is[ 9],
                             csr_ecfg_lie[ 8] & csr_estat_is[ 8],
                             csr_ecfg_lie[ 7] & csr_estat_is[ 7],
                             csr_ecfg_lie[ 6] & csr_estat_is[ 6],
                             csr_ecfg_lie[ 5] & csr_estat_is[ 5],
                             csr_ecfg_lie[ 4] & csr_estat_is[ 4],
                             csr_ecfg_lie[ 3] & csr_estat_is[ 3],
                             csr_ecfg_lie[ 2] & csr_estat_is[ 2],
                             csr_ecfg_lie[ 1] & csr_estat_is[ 1],
                             csr_ecfg_lie[ 0] & csr_estat_is[ 0]
                           };
    assign has_int = ~(int_vec == 13'b0) & csr_crmd_ie;

endmodule